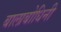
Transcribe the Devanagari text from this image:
बालाबोधिनी